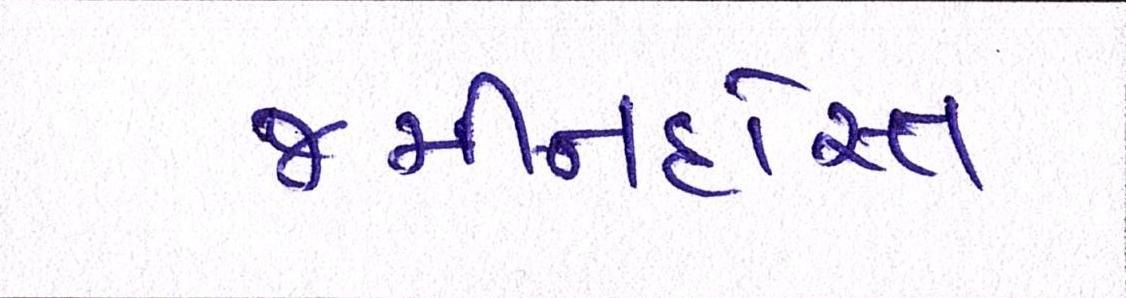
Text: જમીનદોસ્ત